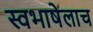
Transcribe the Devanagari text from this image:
स्वभाषेलाच